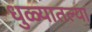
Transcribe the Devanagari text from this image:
धुळ्यातल्या